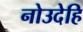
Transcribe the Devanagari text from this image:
नोउदेहि